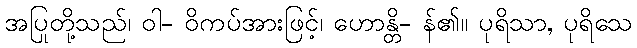
အပြုတို့သည်၊ ဝါ- ဝိကပ်အားဖြင့်၊ ဟောန္တိ- န်၏။ ပုရိသာ, ပုရိသေ